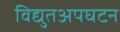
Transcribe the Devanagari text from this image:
विद्युतअपघटन